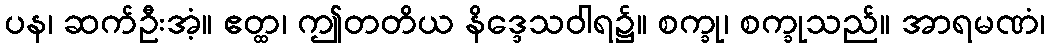
ပန၊ ဆက်ဦးအံ့။ ဧတ္ထ၊ ဤတတိယ နိဒ္ဒေသဝါရ၌။ စက္ခု၊ စက္ခုသည်။ အာရမဏံ၊